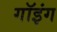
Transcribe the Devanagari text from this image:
गॉइंग